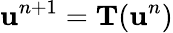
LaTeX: \mathbf u^{n+1}=\mathbf T(\mathbf u^{n})